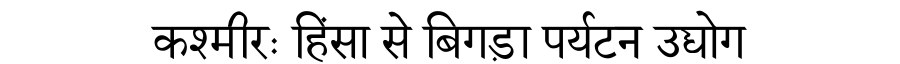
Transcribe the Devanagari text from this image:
कश्मीरः हिंसा से बिगड़ा पर्यटन उद्योग